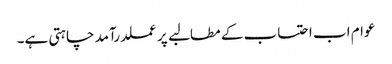
عوام اب احتساب کے مطالبے پر عملدرآمد چاہتی ہے۔